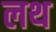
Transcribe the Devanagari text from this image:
लथ